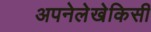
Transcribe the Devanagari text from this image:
अपनेलेखेकिसी